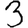
Digit: 3